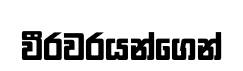
වීරවරයන්ගෙන්